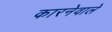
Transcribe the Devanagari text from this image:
कारनेवाले